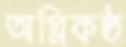
অগ্নিকন্ঠ